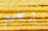
بأمكانهم